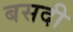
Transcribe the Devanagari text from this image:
बसदी